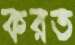
করত